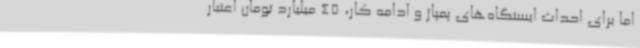
اما برای احداث ایستگاه‌های پمپاژ و ادامه کار، 45 میلیارد تومان اعتبار